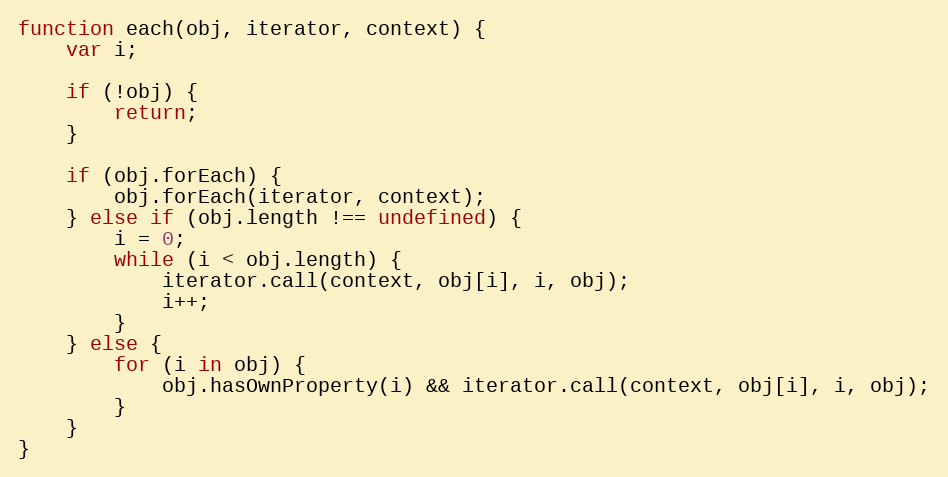
Language: JavaScript
function each(obj, iterator, context) {
    var i;

    if (!obj) {
        return;
    }

    if (obj.forEach) {
        obj.forEach(iterator, context);
    } else if (obj.length !== undefined) {
        i = 0;
        while (i < obj.length) {
            iterator.call(context, obj[i], i, obj);
            i++;
        }
    } else {
        for (i in obj) {
            obj.hasOwnProperty(i) && iterator.call(context, obj[i], i, obj);
        }
    }
}